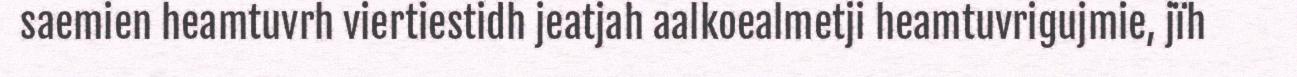
saemien heamtuvrh viertiestidh jeatjah aalkoealmetji heamtuvrigujmie, jïh